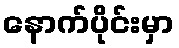
နောက်ပိုင်းမှာ